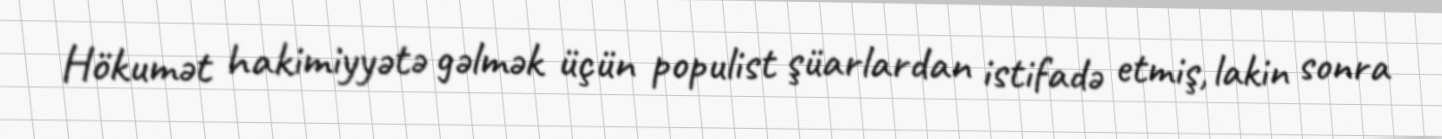
Hökumət hakimiyyətə gəlmək üçün populist şüarlardan istifadə etmiş, lakin sonra